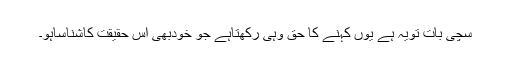
سچی بات تویہ ہے یوں کہنے کا حق وہی رکھتاہے جو خودبھی اس حقیقت کاشناساہو۔